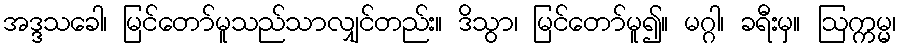
အဒ္ဒသခေါ၊ မြင်တော်မူသည်သာလျှင်တည်း။ ဒိသွာ၊ မြင်တော်မူ၍။ မဂ္ဂါ၊ ခရီးမှ။ ဩက္ကမ္မ၊